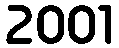
2001